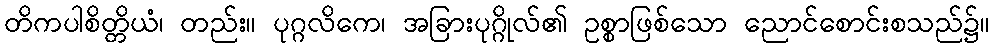
တိကပါစိတ္တိယံ၊ တည်း။ ပုဂ္ဂလိကေ၊ အခြားပုဂ္ဂိုလ်၏ ဥစ္စာဖြစ်သော ညောင်စောင်းစသည်၌။